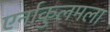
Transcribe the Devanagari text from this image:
एर्नाकुलमला